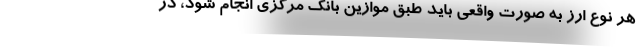
هر نوع ارز به صورت واقعی باید طبق موازین بانک مرکزی انجام شود، در